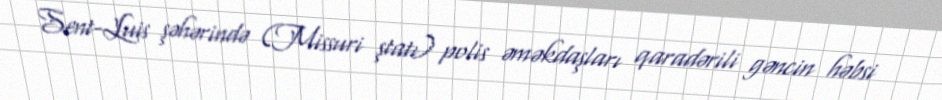
Sent-Luis şəhərində (Missuri ştatı) polis əməkdaşları qaradərili gəncin həbsi